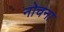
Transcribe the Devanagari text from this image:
नोचना